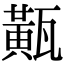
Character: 𤮏